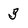
Character: 3